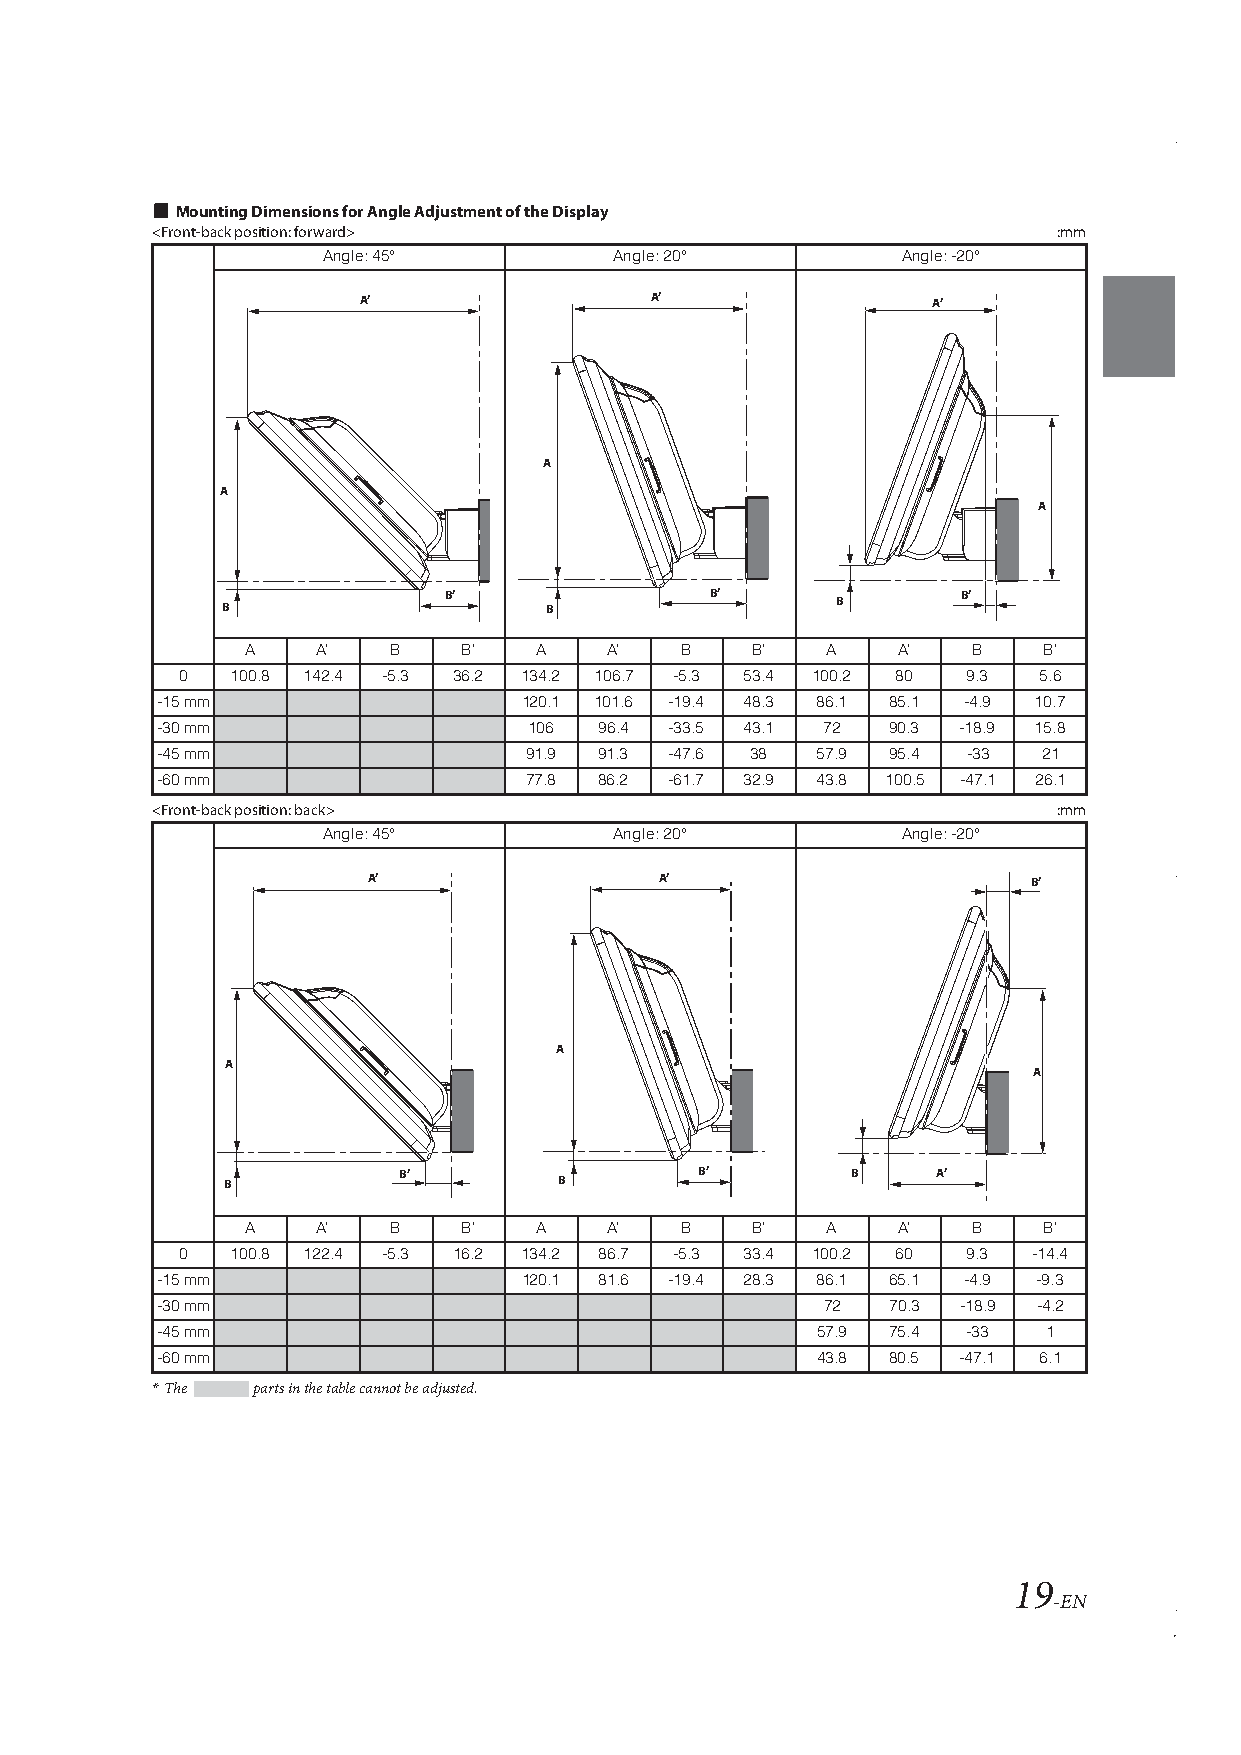
Mounting Dimensions for Angle Adjustment of the Display
 <Front-back position: forward>                              :mm
 Angle: 45°          Angle: 20°         Angle: -20°
 A’                 A’                 A’
 A
 A
 A
 B’                B’               B’
 B                    B                  B
 A    A’   B    B’  A    A’   B    B’   A   A’   B    B’
 0  100.8 142.4 -5.3 36.2 134.2 106.7 -5.3 53.4 100.2 80 9.3 5.6
 -15 mm                   120.1 101.6 -19.4 48.3 86.1 85.1 -4.9 10.7
 -30 mm                   106  96.4 -33.5 43.1 72 90.3 -18.9 15.8
 -45 mm                   91.9 91.3 -47.6 38 57.9 95.4 -33  21
 -60 mm                   77.8 86.2 -61.7 32.9 43.8 100.5 -47.1 26.1
 <Front-back position: back>                                 :mm
 Angle: 45°          Angle: 20°         Angle: -20°
 A’                  A’                      B’
 A
 A
 A
 B’                  B’        B     A’
 B                     B
 A    A’   B    B’  A    A’   B    B’   A   A’   B    B’
 0  100.8 122.4 -5.3 16.2 134.2 86.7 -5.3 33.4 100.2 60 9.3 -14.4
 -15 mm                   120.1 81.6 -19.4 28.3 86.1 65.1 -4.9 -9.3
 -30 mm                                      72   70.3 -18.9 -4.2
 -45 mm                                      57.9 75.4 -33  1
 -60 mm                                      43.8 80.5 -47.1 6.1
 *The   parts in the table cannot be adjusted.
 19
 -EN